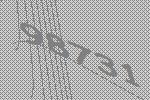
98731